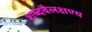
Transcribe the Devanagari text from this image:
शब्दवैलक्षण्य